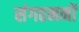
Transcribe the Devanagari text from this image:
संगठननों